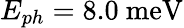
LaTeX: E_{ph}=8.0~\mathrm{meV}